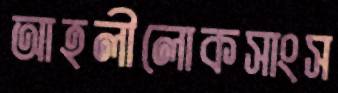
আহলীলোকসাংস